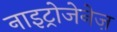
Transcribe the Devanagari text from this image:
नाइट्रोजेनेज़